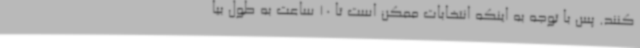
کنند. پس با توجه به اینکه انتخابات ممکن است تا 10 ساعت به طول بیا